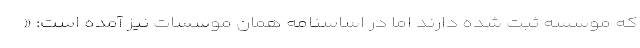
که موسسه ثبت شده دارند اما در اساسنامه همان موسسات نیز آمده است: «